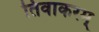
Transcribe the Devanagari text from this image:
तिवाकरम्